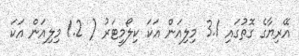
އޭރިޔާގެ ގޮތުގައި 3.1 މިލިއަން އަކަ ކިލޯމީޓަރު ( 1.2 މިލިއަން އަކަ